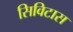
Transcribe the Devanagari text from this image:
सिविटास